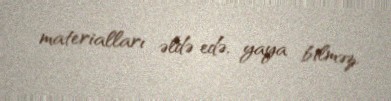
materialları əldə edə, yaya bilməz.